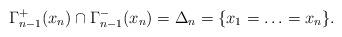
LaTeX: \begin{align*}\Gamma_{n-1}^+(x_n)\cap\Gamma_{n-1}^-(x_n)=\Delta_n=\{x_1=\ldots=x_n\}.\end{align*}